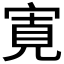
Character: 𡩖